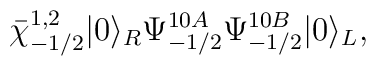
\bar\chi^{1,2}_{-1/2}|0\rangle_R\Psi^{10A}_{-1/2}\Psi^{10B}_{-1/2}|0\rangle_L,